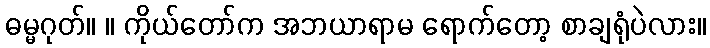
ဓမ္မဂုတ်။ ။ ကိုယ်တော်က အဘယာရာမ ရောက်တော့ စာချရုံပဲလား။